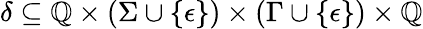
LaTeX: \delta\subseteq\mathbb{Q}\times(\Sigma\cup\{ \epsilon\} )\times(\Gamma\cup\{ \epsilon\} )\times\mathbb{Q}